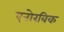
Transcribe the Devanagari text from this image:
एनोरबिक